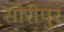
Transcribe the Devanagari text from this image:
सौरीपुर